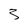
Character: 3